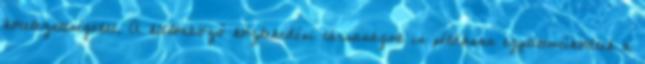
kötelezettségeket. A különböző közlekedési társaságok is példásan együttműködtek a